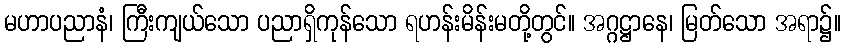
မဟာပညာနံ၊ ကြီးကျယ်သော ပညာရှိကုန်သော ရဟန်းမိန်းမတို့တွင်။ အဂ္ဂဋ္ဌာနေ၊ မြတ်သော အရာ၌။